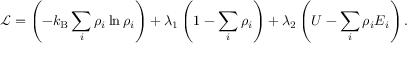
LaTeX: { \mathcal { L } } = \left( - k _ { \mathrm { B } } \sum _ { i } \rho _ { i } \ln \rho _ { i } \right) + \lambda _ { 1 } \left( 1 - \sum _ { i } \rho _ { i } \right) + \lambda _ { 2 } \left( U - \sum _ { i } \rho _ { i } E _ { i } \right) .